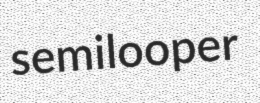
semilooper